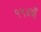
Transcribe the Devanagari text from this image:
१५४वाँ